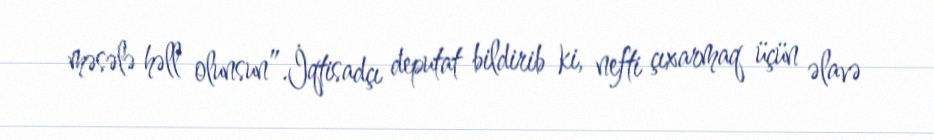
məsələ həll olunsun”.İqtisadçı deputat bildirib ki, nefti çıxarmaq üçün əlavə